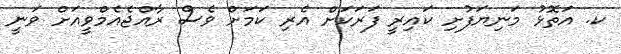
ކ. އަތޮޅު މަނިޔަފުށި ކައިރީ ފަރަކަށް އެރި ކަމަށް ވެސް ރާއްޖެއެމްވީއަށް ވަނީ